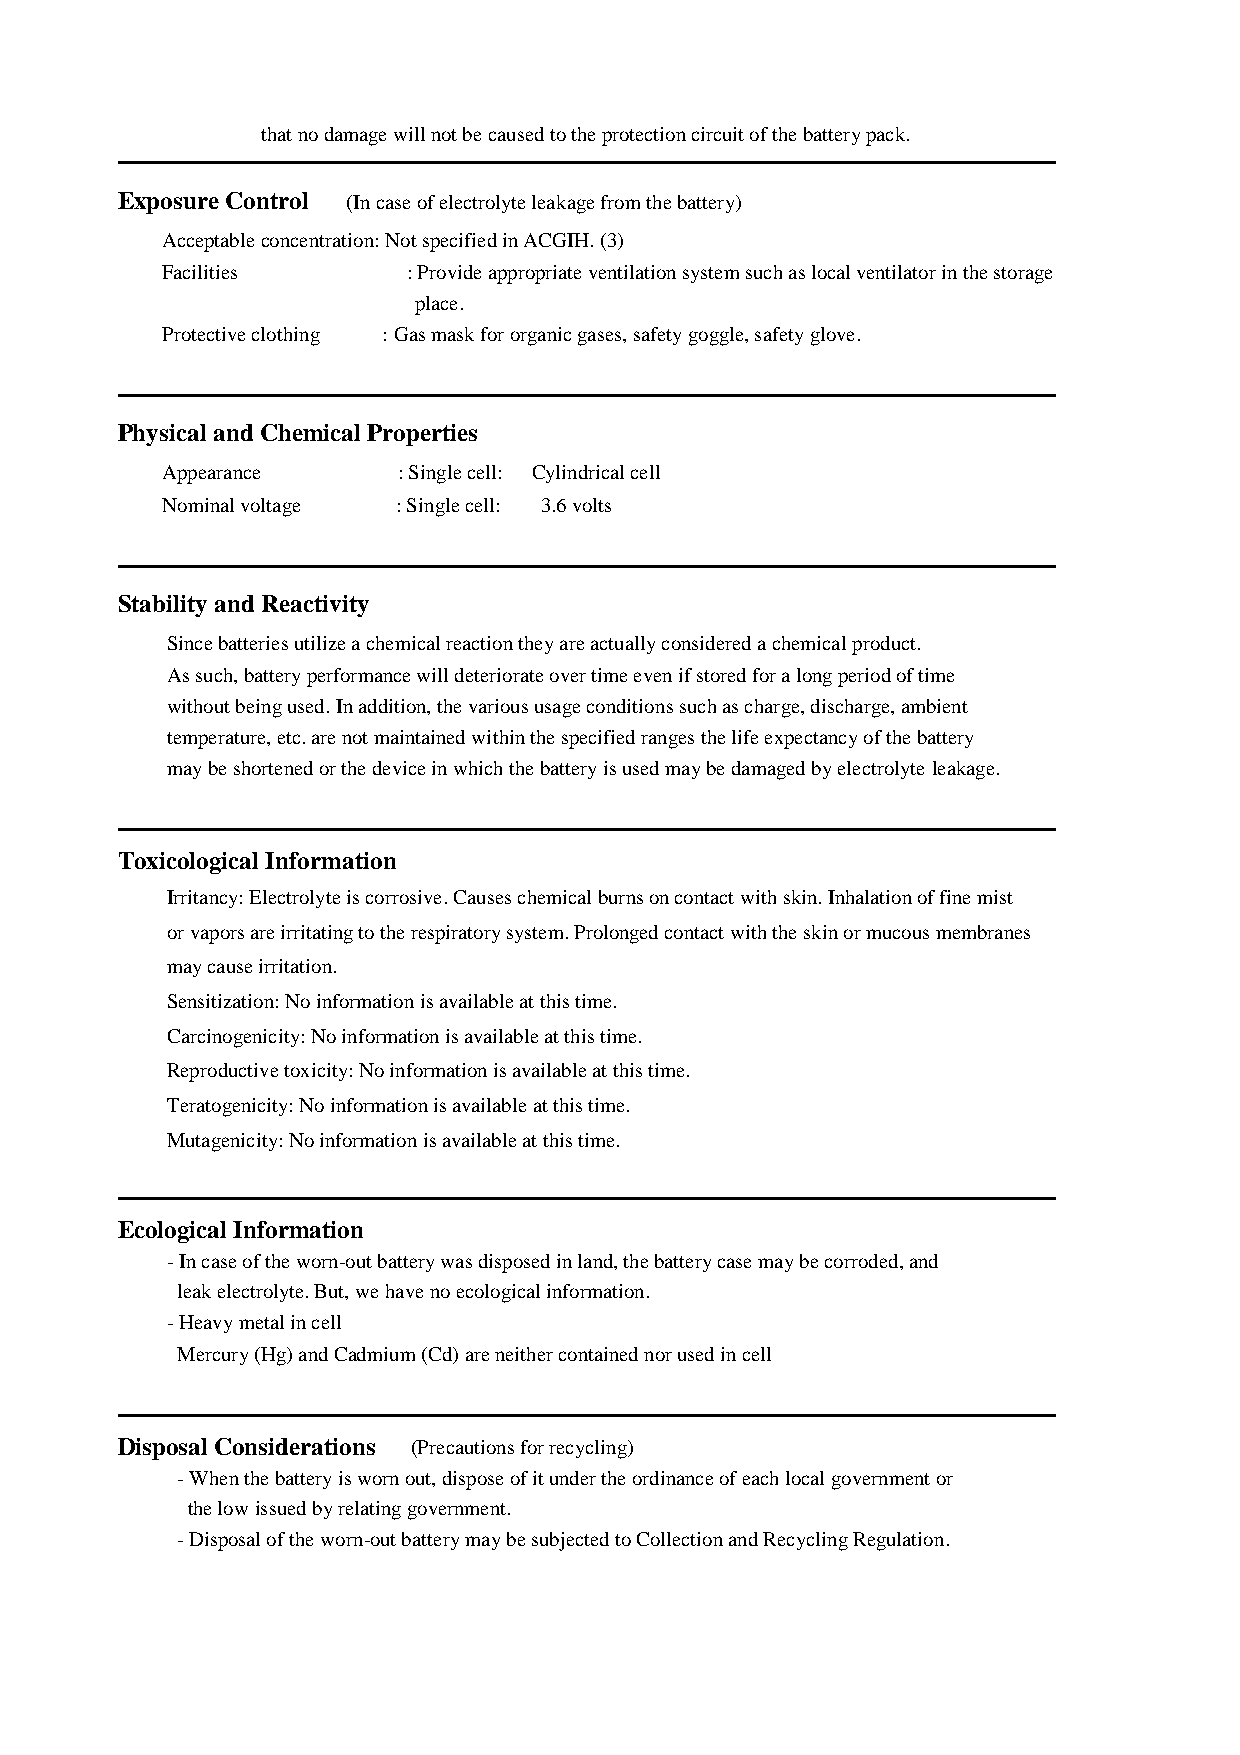
that no damage will not be caused to the protection circuit of the battery pack.
 ━━━━━━━━━━━━━━━━━━━━━━━━━━━━━━━━━━━━━━━━━━━━━
 Exposure Control (In case of electrolyte leakage from the battery)
 Acceptable concentration: Not specified in ACGIH. (3)
 Facilities      : Provide appropriate ventilation system such as local ventilator in the storage
 place.
 Protective clothing : Gas mask for organic gases, safety goggle, safety glove.
 ━━━━━━━━━━━━━━━━━━━━━━━━━━━━━━━━━━━━━━━━━━━━━
 Physical and Chemical Properties
 Appearance     : Single cell: Cylindrical cell
 Nominal voltage : Single cell: 3.6 volts
 ━━━━━━━━━━━━━━━━━━━━━━━━━━━━━━━━━━━━━━━━━━━━━
 Stability and Reactivity
 Since batteries utilize a chemical reaction they are actually considered a chemical product.
 As such, battery performance will deteriorate over time even if stored for a long period of time
 without being used. In addition, the various usage conditions such as charge, discharge, ambient
 temperature, etc. are not maintained within the specified ranges the life expectancy of the battery
 may be shortened or the device in which the battery is used may be damaged by electrolyte leakage.
 ━━━━━━━━━━━━━━━━━━━━━━━━━━━━━━━━━━━━━━━━━━━━━
 Toxicological Information
 Irritancy: Electrolyte is corrosive. Causes chemical burns on contact with skin. Inhalation of fine mist
 or vapors are irritating to the respiratory system. Prolonged contact with the skin or mucous membranes
 may cause irritation.
 Sensitization: No information is available at this time.
 Carcinogenicity: No information is available at this time.
 Reproductive toxicity: No information is available at this time.
 Teratogenicity: No information is available at this time.
 Mutagenicity: No information is available at this time.
 ━━━━━━━━━━━━━━━━━━━━━━━━━━━━━━━━━━━━━━━━━━━━━
 Ecological Information
 - In case of the worn-out battery was disposed in land, the battery case may be corroded, and
 leak electrolyte. But, we have no ecological information.
 - Heavy metal in cell
 Mercury (Hg) and Cadmium (Cd) are neither contained nor used in cell
 ━━━━━━━━━━━━━━━━━━━━━━━━━━━━━━━━━━━━━━━━━━━━━
 Disposal Considerations (Precautions for recycling)
 - When the battery is worn out, dispose of it under the ordinance of each local government or
 the low issued by relating government.
 - Disposal of the worn-out battery may be subjected to Collection and Recycling Regulation.